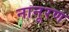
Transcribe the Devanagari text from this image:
नानूरण